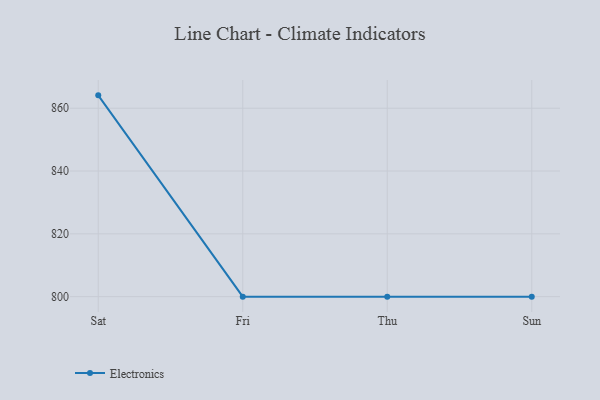
{"axis": {"x": "Day", "y": "Inventory Turnover"}, "legend": ["Electronics"], "data": [{"x": "Sat", "y": 864.1, "type": "Electronics"}, {"x": "Fri", "y": 800, "type": "Electronics"}, {"x": "Thu", "y": 800, "type": "Electronics"}, {"x": "Sun", "y": 800, "type": "Electronics"}]}